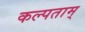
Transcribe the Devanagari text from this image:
कल्पताम्